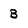
Character: B